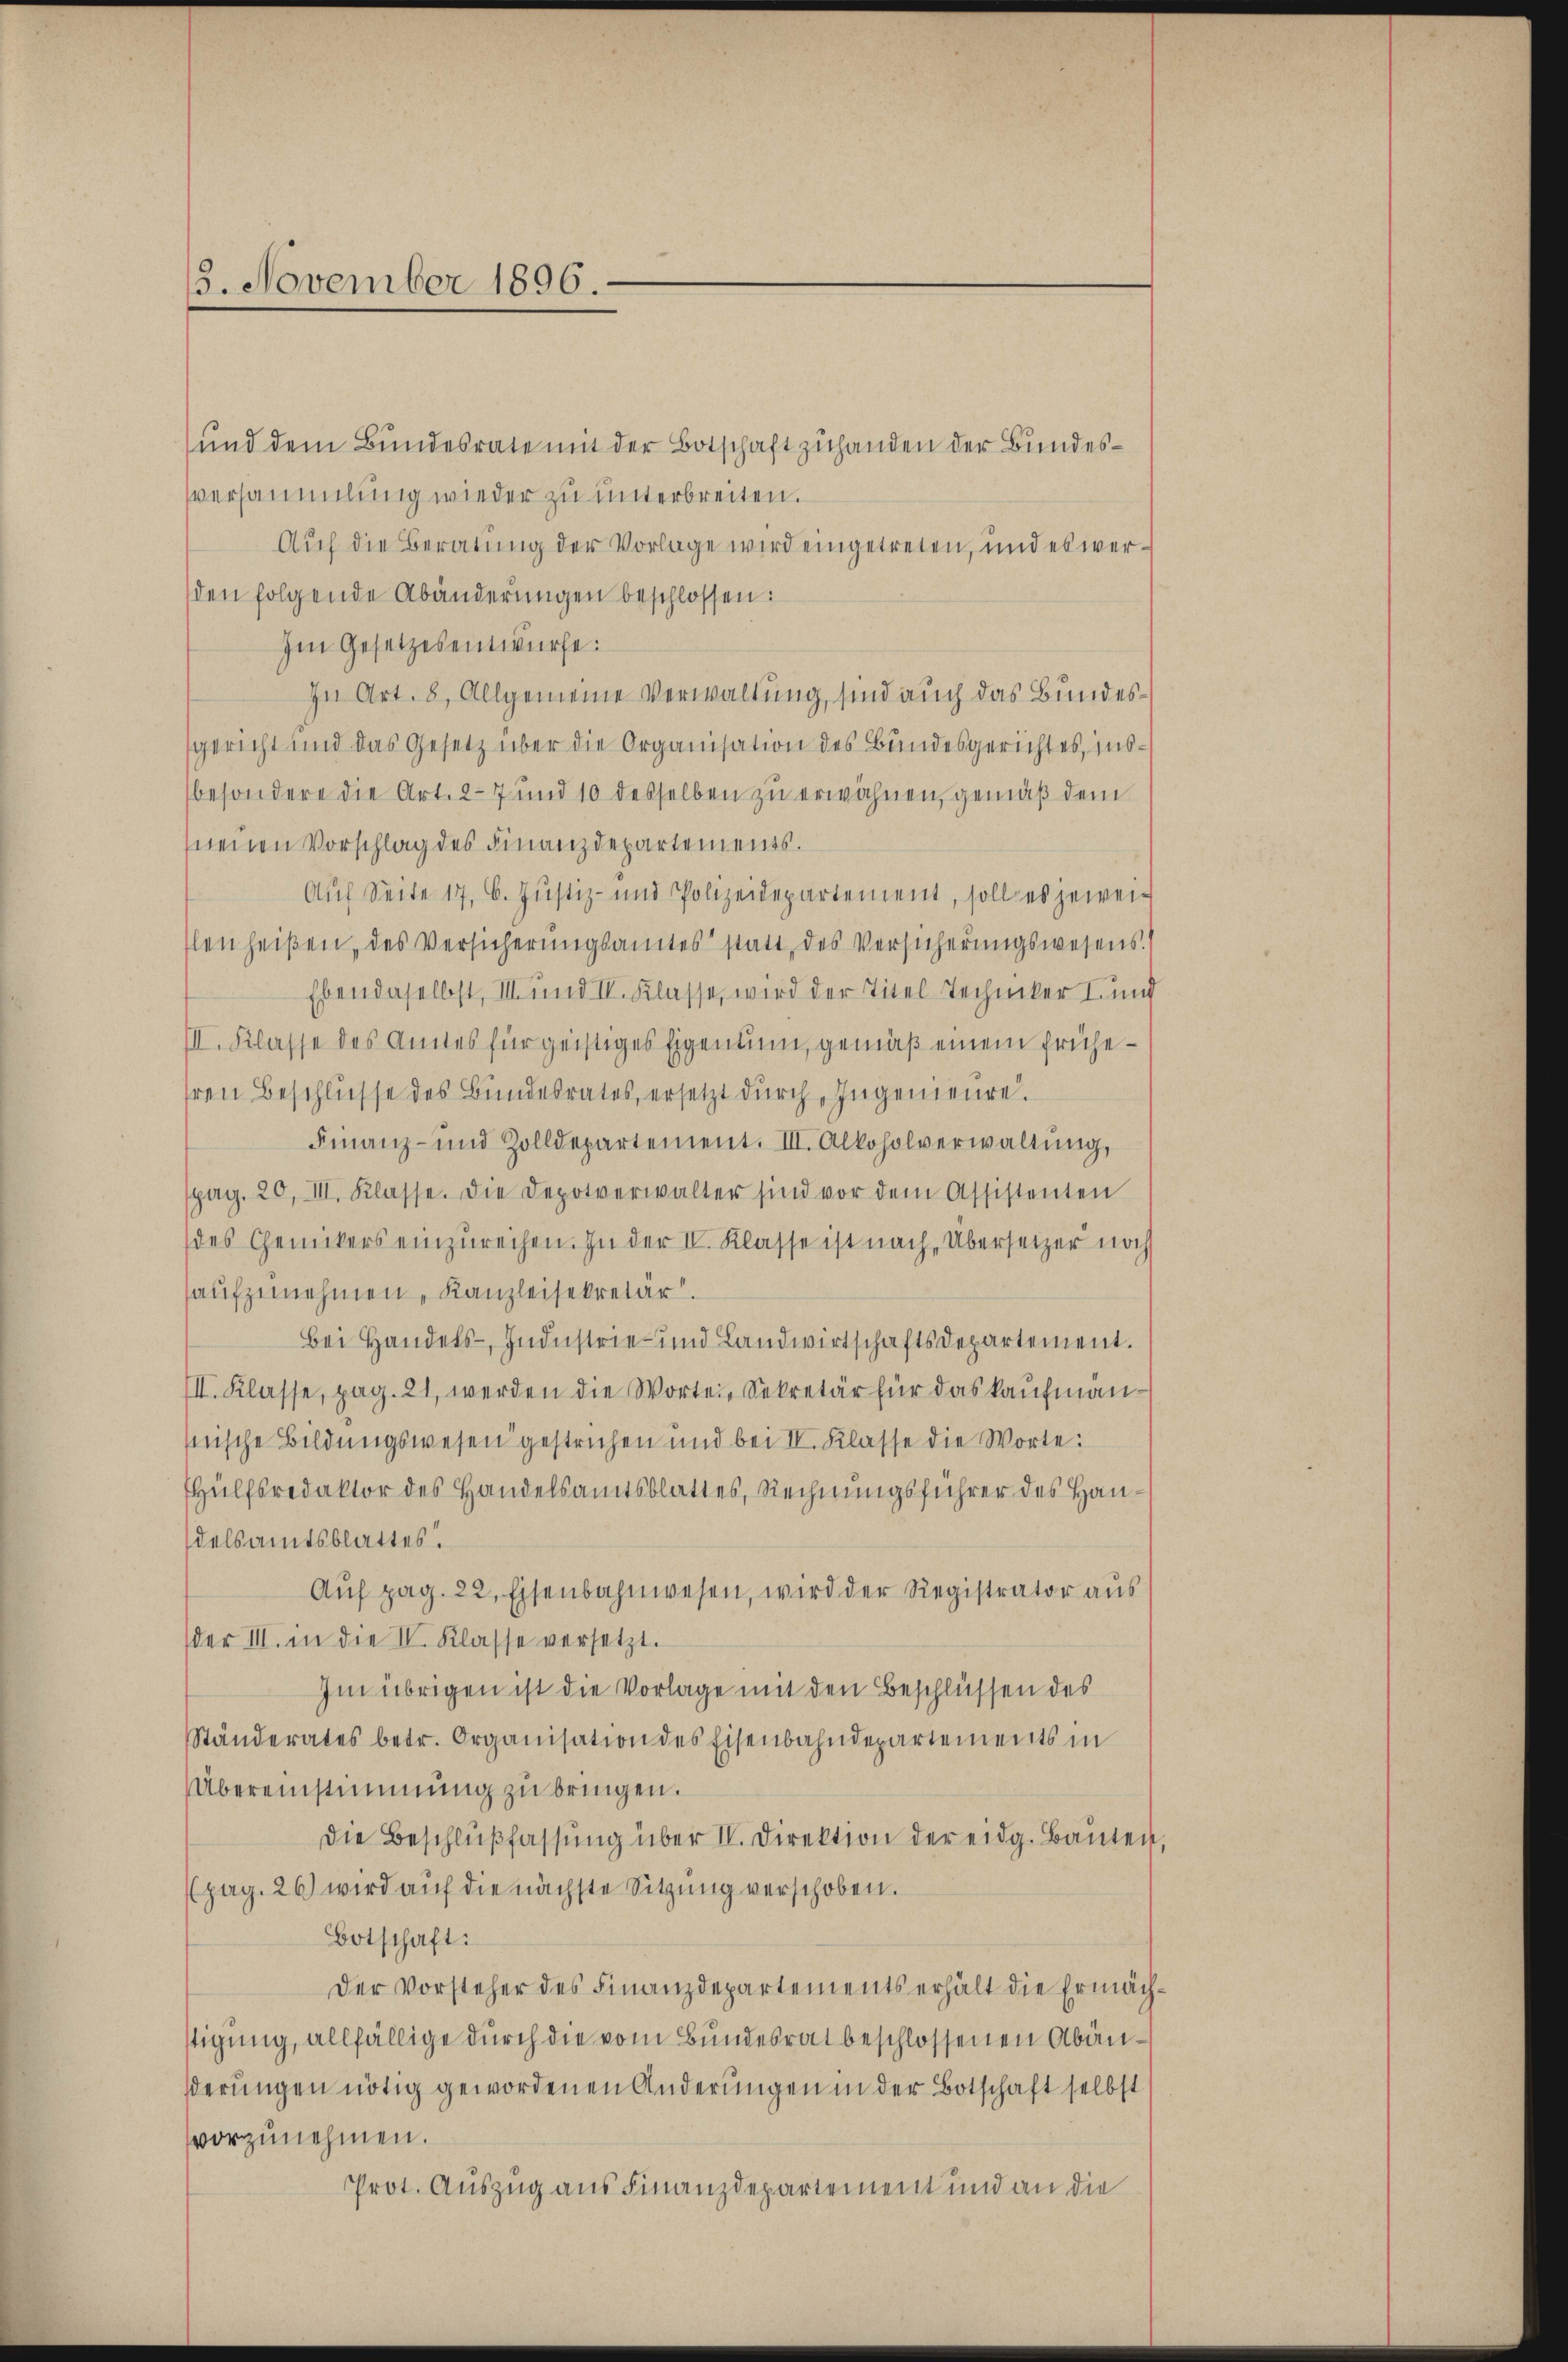
15. November 1896.

und dem Bundesrate mit der Botschaft zuhanden der Bundesversammlung wieder zu unterbreiten.
Auf die Beratung der Vorlage wird eingetreten, und es werden folgende Abänderungen beschlossen:
Im Gesetzesentwürfe:
In Art. 8, Allgemeine Verwaltung, sind auch das Bundessgericht und das Gesetz über die Organisation des Bundesgerichtes, insbesondere die Art. 27 und 10 desselben zu erwähnen, gemäß dem
neuen Vorschlag des Finanzdepartements.
Auf Seite 17, 6. Justiz- und Polizeidepartement, soll es jeweiflen heißen, des Versicherŭngsamtes statt des Versicherŭngswesens.
Ebendaselbst, III und II. Klasse, wird der Titel Techniker I. und
III. Klasse des Amtes für geistiges Eigentum, gemäß einem frühehren Beschlusse des Bundesrates, ersetzt durch, Ingenieure.
Finanz- und Zolldepartement. III. Alkoholverwaltŭng,
spag. 20, III. Klasse. Die Depotverwalter sind vor dem Assistenten
des Gemikers einzŭreihen. In der II. Klasse ist nach Übersetzer noch
aufzunehmen, Kanzleisekretär
Bei Handels- Industrie- und Landwirtschaftsdepartement.
III. Klasse, pag. 21, werden die Wortei, Sekretär für das kaufman-
snische Bildungswesen gestrichen und bei IV. Klasse die Worte:
Hülfsredaktor des Handelsamtsblattes, Rechnungsführer des Handelsamtsblattes
Aŭf pag. 22. Eisenbahnwesen, wird der Registrator aŭs
der III. in die IV. Klasse versetzt.
Im übrigen ist die Vorlage mit den Beschlüssen des
Ständerates betr. Organisation des Eisenbahndepartements in
Übereinstimmung zu bringen.
Die Beschlŭβfassŭng über IV. Direktion der eidg. Baŭten
(pag. 26) wird auf die nächste Sitzung verschoben.
Botschaft:
Der Vorsteher des Finanzdepartements erhält die Ermäch-
tigung, allfällige durch die vom Bundesrat beschlossenen Abänderungen nötig gewordenen Änderungen in der Botschaft selbst
vorzunehmen.
Prot. Auszug aus Finanzdepartement und an die